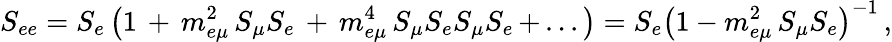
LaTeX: S_{ee}=S_{e}\left(1\, +\, m_{e\mu}^{2}\, S_{\mu}S_{e}\, +\, m_{e\mu}^{4}\, S_{\mu}S_{e}S_{\mu}S_{e}\, +\, ...\right)=S_{e}\left(1-m_{e\mu}^{2}\, S_{\mu}S_{e}\right)^{-1}\, ,